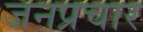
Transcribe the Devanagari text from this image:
जनप्रचार